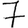
Digit: 7